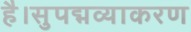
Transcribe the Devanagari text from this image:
है।सुपद्मव्याकरण